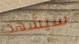
سيشهد